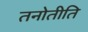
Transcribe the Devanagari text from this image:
तनोतीति